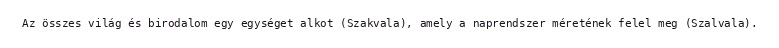
Az összes világ és birodalom egy egységet alkot (Szakvala), amely a naprendszer méretének felel meg (Szalvala).